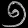
Digit: ၅